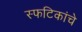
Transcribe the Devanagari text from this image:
स्फटिकांचे